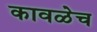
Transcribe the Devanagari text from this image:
कावळेच